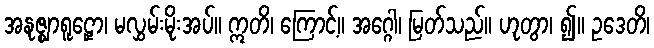
အနုဇ္ဈာရူဠှော၊ မလွှမ်းမိုးအပ်။ ဣတိ၊ ကြောင့်။ အဂ္ဂေါ၊ မြတ်သည်။ ဟုတွာ၊ ၍။ ဥဒေတိ၊